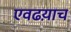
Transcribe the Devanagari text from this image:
एवढय़ाच